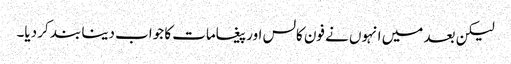
لیکن بعد میں انہوں نے فون کالس اور پیغامات کا جواب دینا بند کر دیا۔